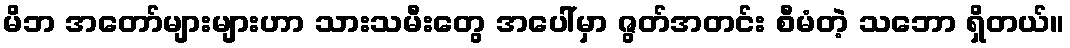
မိဘ အတော်များများဟာ သားသမီးတွေ အပေါ်မှာ ဇွတ်အတင်း စီမံတဲ့ သဘော ရှိတယ်။